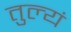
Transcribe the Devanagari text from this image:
तुल्यं